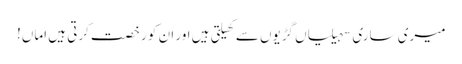
میری ساری سہیلیاں گڑیوں سے کھیلتی ہیں اور ان کو رخصت کرتی ہیں اماں!